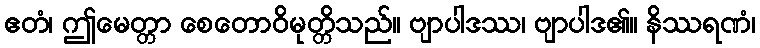
ဧတံ၊ ဤမေတ္တာ စေတောဝိမုတ္တိသည်။ ဗျာပါဒဿ၊ ဗျာပါဒ၏။ နိဿရဏံ၊